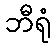
ဘီရုံ